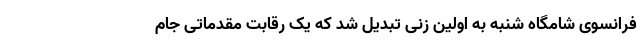
فرانسوی شامگاه شنبه به اولین زنی تبدیل شد که یک رقابت مقدماتی جام